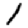
Digit: 1